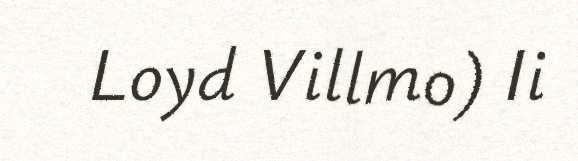
Loyd Villmo) Ii